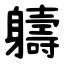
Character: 軇